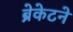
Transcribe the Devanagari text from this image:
ब्रेकेटने